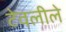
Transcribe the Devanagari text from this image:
टेवलीले